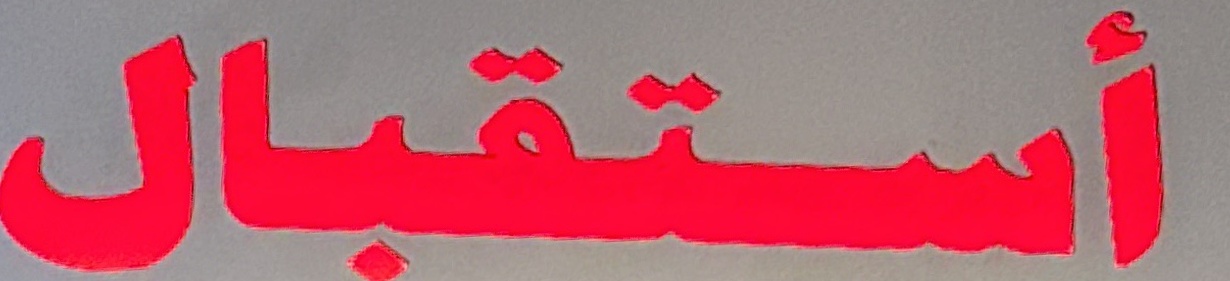
استقبال